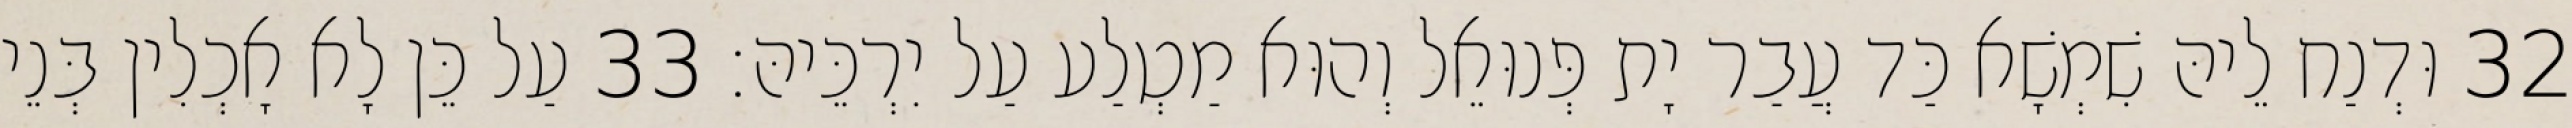
32 וּדְנַח לֵיהּ שִׁמְשָׁא כַּד עֲבַר יָת פְּנוּאֵל וְהוּא מַטְלַע עַל יִרְכֵּיהּ׃ 33 עַל כֵּן לָא אָכְלִין בְּנֵי